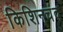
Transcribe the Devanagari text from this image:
किशिनचंद